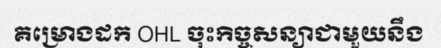
គម្រោងដក OHL ចុះកិច្ចសន្យាជាមួយនឹង